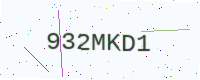
Text: 932MKD1